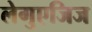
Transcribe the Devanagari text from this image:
लेगुएजिज